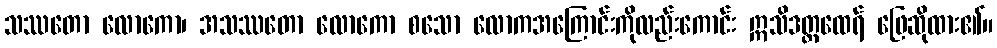
သဿတော လောကော၊ အသဿတော လောကော စသော လောကအကြောင်းကိုလည်းကောင်း ဣသိဒတ္တထေရ် ဖြေဆိုထား၏။